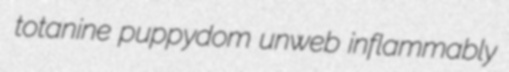
totanine puppydom unweb inflammably